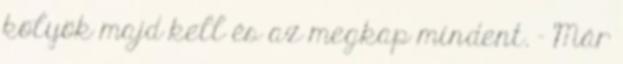
kölyök majd kell és az megkap mindent. - Már